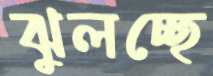
ঝুলচ্ছে